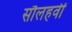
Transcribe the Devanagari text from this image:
सौलहवीं